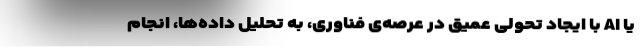
یا AI با ایجاد تحولی عمیق در عرصه‌ی فناوری، به تحلیل داده‌ها، انجام